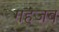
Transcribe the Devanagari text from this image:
गहजब